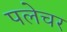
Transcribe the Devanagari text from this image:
पलेचर